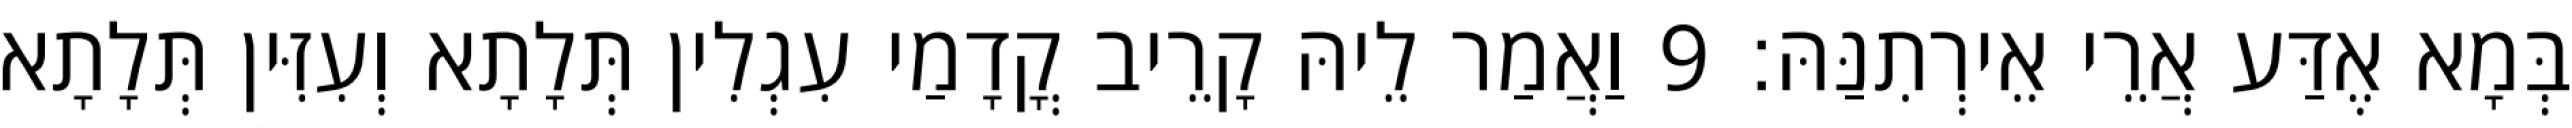
בְּמָא אֶדַּע אֲרֵי אֵירְתִנַּהּ׃ 9 וַאֲמַר לֵיהּ קָרֵיב קֳדָמַי עִגְלִין תְּלָתָא וְעִזִּין תְּלָתָא